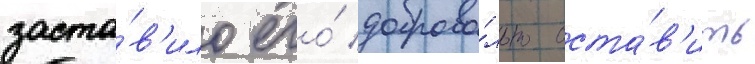
заста́в'ило его́ доброво́льно оста́в'ить